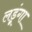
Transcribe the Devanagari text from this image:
लड़ूंगा